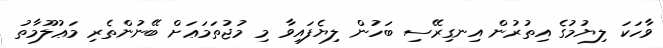
ވާހަކަ ލިޔުމުގެ އިތުރުން އިނގިރޭސި ބަހުން ލިޔެފައިވާ މި މުޖުތަމަޢަށް ބޭނުންތެރި މަޢުލޫމާތު